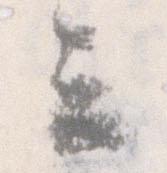
云